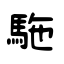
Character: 駞